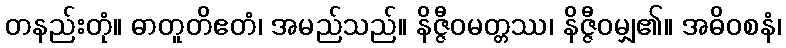
တနည်းတုံ။ ဓာတူတိဧတံ၊ အမည်သည်။ နိဇ္ဇီဝမတ္တဿ၊ နိဇ္ဇီဝမျှ၏။ အဓိဝစနံ၊